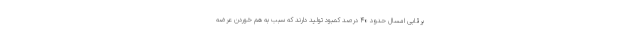
برقابی امسال حدود ۴۰ درصد کمبود تولید دارند که سبب به هم خوردن عرضه